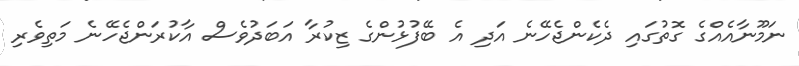
ނަމޫނާއެއްގެ ގޮތުގައި ދެކެންޖެހޭނެ އަދި އެ ބޭފުޅުންގެ ޒިކުރާ އަބަދުވެސް އާކުރަންޖެހޭނެ މަތިވެރި